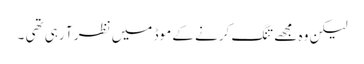
لیکن وہ مجھے تنگ کرنے کے موڈ میں نظر آ رہی تھی ۔